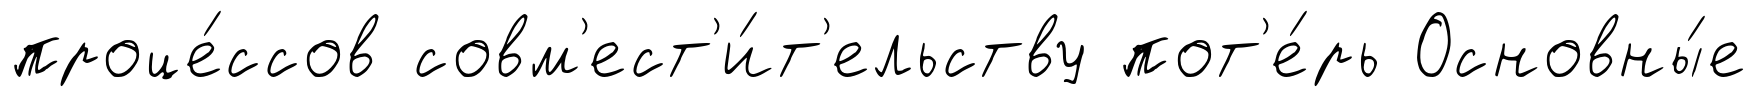
проце́ссов совм'ест'и́т'ельству пот'е́рь Основны́е